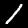
Label: 1